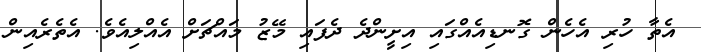
އެތާ ހުރި އެހެން ގޮނޑިއެއްގައި އިށީންދެ ދެފައި މޭޒު މައްޗަށް އެއްލިއެވެ. އެތެރެއިން